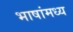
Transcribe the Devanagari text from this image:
भाषांमध्य